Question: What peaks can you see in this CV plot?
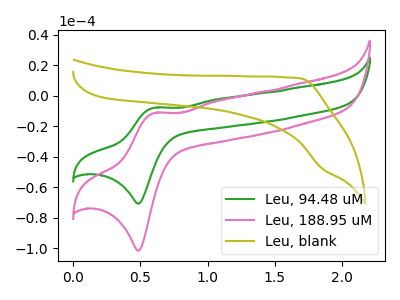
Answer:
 <answer>The green curve "Leu, 94.48 uM" has an anodic peak at (0.60V, -7.90uA) and a cathodic peak at (0.50V, -70.75uA). The pink curve "Leu, 188.95 uM" has an anodic peak at (0.60V, -11.35uA) and a cathodic peak at (0.50V, -101.70uA). The olive curve "Leu, blank" has no peaks.</answer>
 <eval></eval>